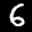
Label: 6